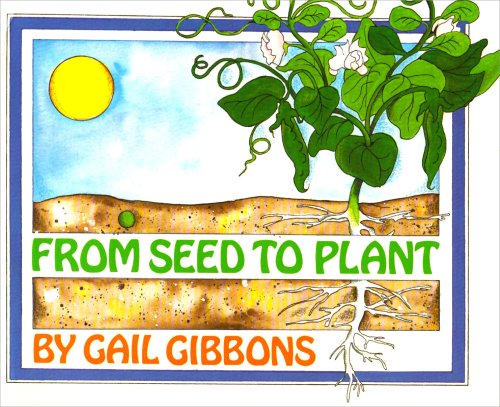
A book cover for From Seed to Plant; Gail Gibbons; Children's Books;